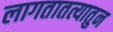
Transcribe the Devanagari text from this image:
लागतातत्यातुन